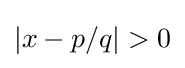
|x-p/q|>0